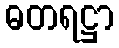
ဓတရဋ္ဌာ